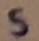
Text: S